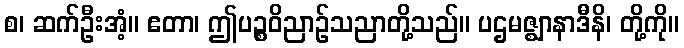
စ၊ ဆက်ဦးအံ့။ ဧတာ၊ ဤပဉ္စဝိညာဉ်သညာတို့သည်။ ပဌမဇ္ဈာနာဒီနိ၊ တို့ကို။